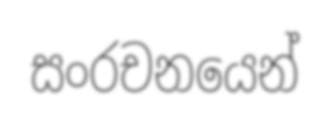
සංරචනයෙන්